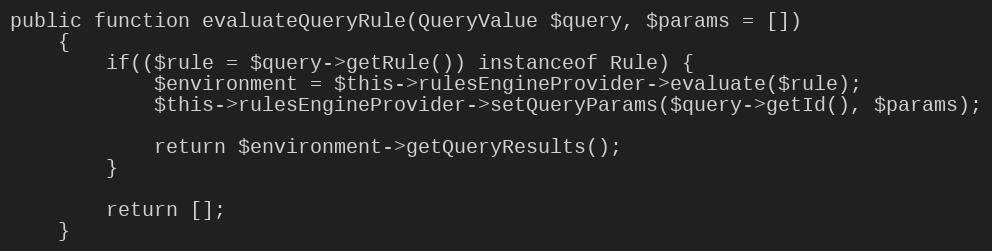
Language: PHP
public function evaluateQueryRule(QueryValue $query, $params = [])
    {
        if(($rule = $query->getRule()) instanceof Rule) {
            $environment = $this->rulesEngineProvider->evaluate($rule);
            $this->rulesEngineProvider->setQueryParams($query->getId(), $params);

            return $environment->getQueryResults();
        }

        return [];
    }